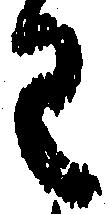
わ